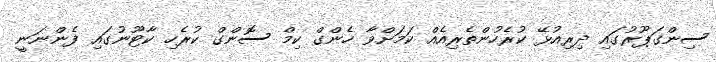
ސިންގަޕޫރުގައި ދިރިއުޅޭ ކުރެހުންތެރިއެއް ކަމަށްވާ ހެންގް ކިމް ސޮންގް ކުރެހި ކާޓޫނުގައި ފެންނަނީ